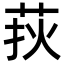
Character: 𦰂